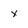
Character: x